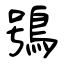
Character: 鴞